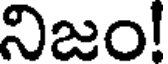
నిజం!